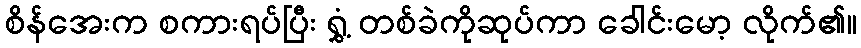
စိန်အေးက စကားရပ်ပြီး ရွှံ့ တစ်ခဲကိုဆုပ်ကာ ခေါင်းမော့ လိုက်၏။